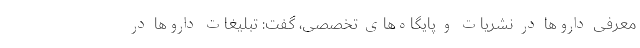
معرفی داروها در نشریات و پایگاه‌های تخصصی، گفت: تبلیغات داروها در